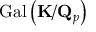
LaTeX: { \mathrm { G a l } } \left( \mathbf { K } / \mathbf { Q } _ { p } \right)